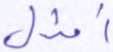
أمثل